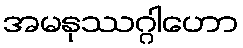
အမနုဿဂ္ဂါဟော